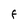
Character: F